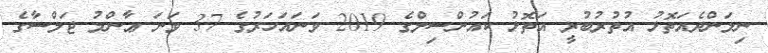
ނިލަންދެއަތޮޅު އުތުރުބުރީ އަތޮޅު ކައުންސިލްގެ 2019 ވަނައަހަރުގެ 37 ވަނަ ޢާންމު ޖަލްސާގެ